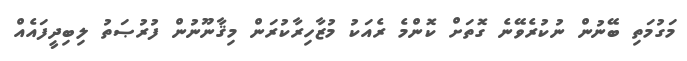
މަގުމަތި ބޭނުން ނުކުރެވޭނެ ގޮތަށް ކޮންމެ ރެއަކު މުޒާހިރާކުރަން މިޤާނޫނުން ފުރުޞަތު ލިބިދީފައެއް